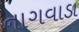
નાગવાડા